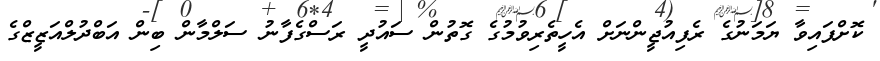
ކޮށްފައިވާ ޔަމަނުގެ ރެފިއުޖީންނަށް އެހީތެރިވުމުގެ ގޮތުން ސައުދީ ރަސްގެފާނު ސަލްމާން ބިން އަބްދުލްއަޒީޒްގެ